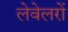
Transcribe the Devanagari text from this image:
लेवेलरों